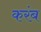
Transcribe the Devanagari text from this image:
करंब